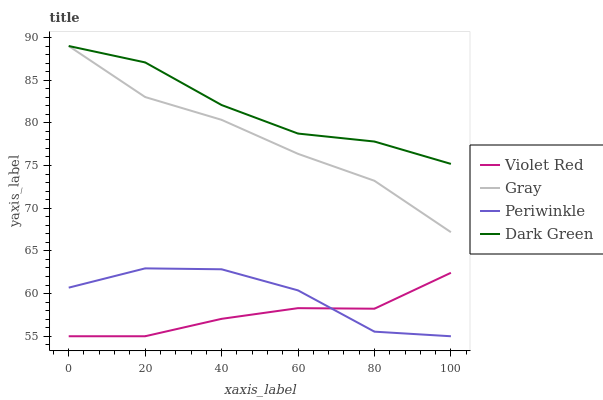
| xaxis_label | Violet Red | Gray | Periwinkle | Dark Green |
 | --- | --- | --- | --- | --- |
 | 0 | 55 | 89 | 60.7 | 89 |
 | 20 | 55 | 83 | 63 | 87.1 |
 | 40 | 57 | 80.4 | 62.8 | 82.1 |
 | 60 | 58.3 | 76.4 | 60.4 | 78.7 |
 | 80 | 58.2 | 73.2 | 55.5 | 77.8 |
 | 100 | 62.4 | 67.2 | 55 | 75.2 |